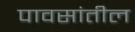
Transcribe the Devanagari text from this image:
पावसांतील